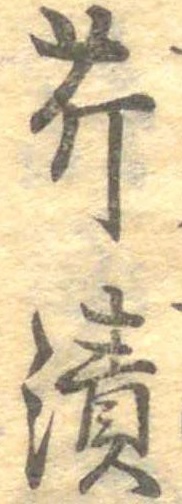
芹漬